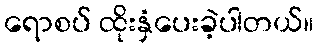
ရောစပ် ထိုးနှံပေးခဲ့ပါတယ်။